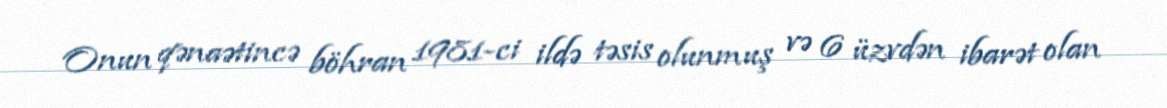
Onun qənaətincə böhran 1981-ci ildə təsis olunmuş və 6 üzvdən ibarət olan